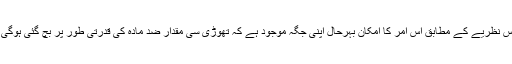
اس نظریے کے مطابق اس امر کا امکان بہرحال اپنی جگہ موجود ہے کہ تھوڑی سی مقدار ضد مادّہ کی قدرتی طور پر بچ گئی ہوگی ۔